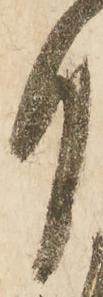
月